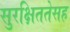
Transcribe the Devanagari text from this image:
सुरक्षिततेसह